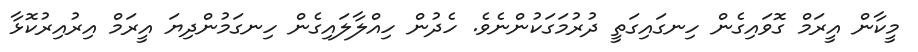
މީކާން އީރަމް ގޮވައިގެން ހިނގައިގަތީ ދުރުމަގަކުންނެވެ. ހެދުން ހިއްލާލައިގެން ހިނގަމުންދިޔަ އީރަމް އިރުއިރުކޮޅާ